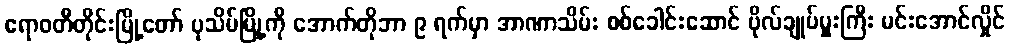
ဧရာဝတီတိုင်းမြို့တော် ပုသိမ်မြို့ကို အောက်တိုဘာ ၉ ရက်မှာ အာဏာသိမ်း စစ်ခေါင်းဆောင် ဗိုလ်ချုပ်မှူးကြီး မင်းအောင်လှိုင်